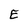
Character: E